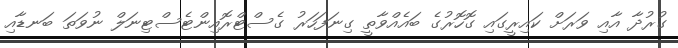
ގުރުދާ އާއި ވަރަށް ކައިރީގައި ގޮހޮރުގެ ބައެއްވާތީ ގިނަފަހަރު ގެސްޓްރޮއިންޓެސްޓިނަލް ނުވަތަ ބަނޑާއި